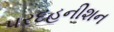
પરદહનીશન